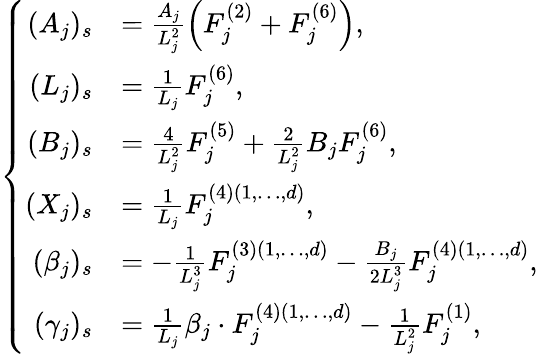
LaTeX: \left\{ \begin{array}{rl}{(A_{j})_{s}}&{=\frac{A_{j}}{L_{j}^{2}}\left(F_{j}^{(2)}+F_{j}^{(6)}\right),}\\ {(L_{j})_{s}}&{=\frac{1}{L_{j}}F_{j}^{(6)},}\\ {(B_{j})_{s}}&{=\frac{4}{L_{j}^{2}}F_{j}^{(5)}+\frac{2}{L_{j}^{2}}B_{j}F_{j}^{(6)},}\\ {(X_{j})_{s}}&{=\frac{1}{L_{j}}F_{j}^{(4)(1,\dots,d)},}\\ {(\beta_{j})_{s}}&{=-\frac{1}{L_{j}^{3}}F_{j}^{(3)(1,\dots,d)}-\frac{B_{j}}{2L_{j}^{3}}F_{j}^{(4)(1,\dots,d)},}\\ {(\gamma_{j})_{s}}&{=\frac{1}{L_{j}}\beta_{j}\cdot F_{j}^{(4)(1,\dots,d)}-\frac{1}{L_{j}^{2}}F_{j}^{(1)},}\end{array}\right.